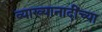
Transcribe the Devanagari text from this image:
व्याख्यानादींच्या